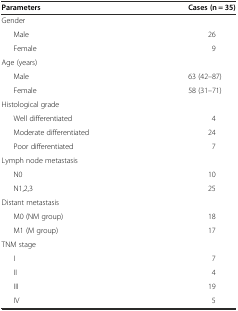
<table><thead><tr><td><b>Parameters</b></td><td><b>Cases (n = 35)</b></td></tr></thead><tbody><tr><td>Gender</td><td></td></tr><tr><td>Male</td><td>26</td></tr><tr><td>Female</td><td>9</td></tr><tr><td>Age (years)</td><td></td></tr><tr><td>Male</td><td>63 (42–87)</td></tr><tr><td>Female</td><td>58 (31–71)</td></tr><tr><td>Histological grade</td><td></td></tr><tr><td>Well differentiated</td><td>4</td></tr><tr><td>Moderate differentiated</td><td>24</td></tr><tr><td>Poor differentiated</td><td>7</td></tr><tr><td>Lymph node metastasis</td><td></td></tr><tr><td>N0</td><td>10</td></tr><tr><td>N1,2,3</td><td>25</td></tr><tr><td>Distant metastasis</td><td></td></tr><tr><td>M0 (NM group)</td><td>18</td></tr><tr><td>M1 (M group)</td><td>17</td></tr><tr><td>TNM stage</td><td></td></tr><tr><td>I</td><td>7</td></tr><tr><td>II</td><td>4</td></tr><tr><td>III</td><td>19</td></tr><tr><td>IV</td><td>5</td></tr></tbody></table>